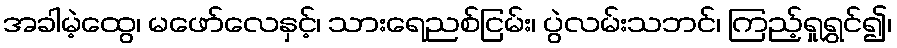
အခါမဲ့ထွေ၊ မဖော်လေနှင့်၊ သားရေညစ်ငြမ်း၊ ပွဲလမ်းသဘင်၊ ကြည့်ရှုရွှင်၍၊